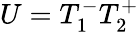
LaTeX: U=T_{1}^{-}T_{2}^{+}